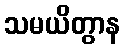
သမယိတွာန